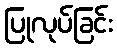
ပြုလုပ်ခြင်း